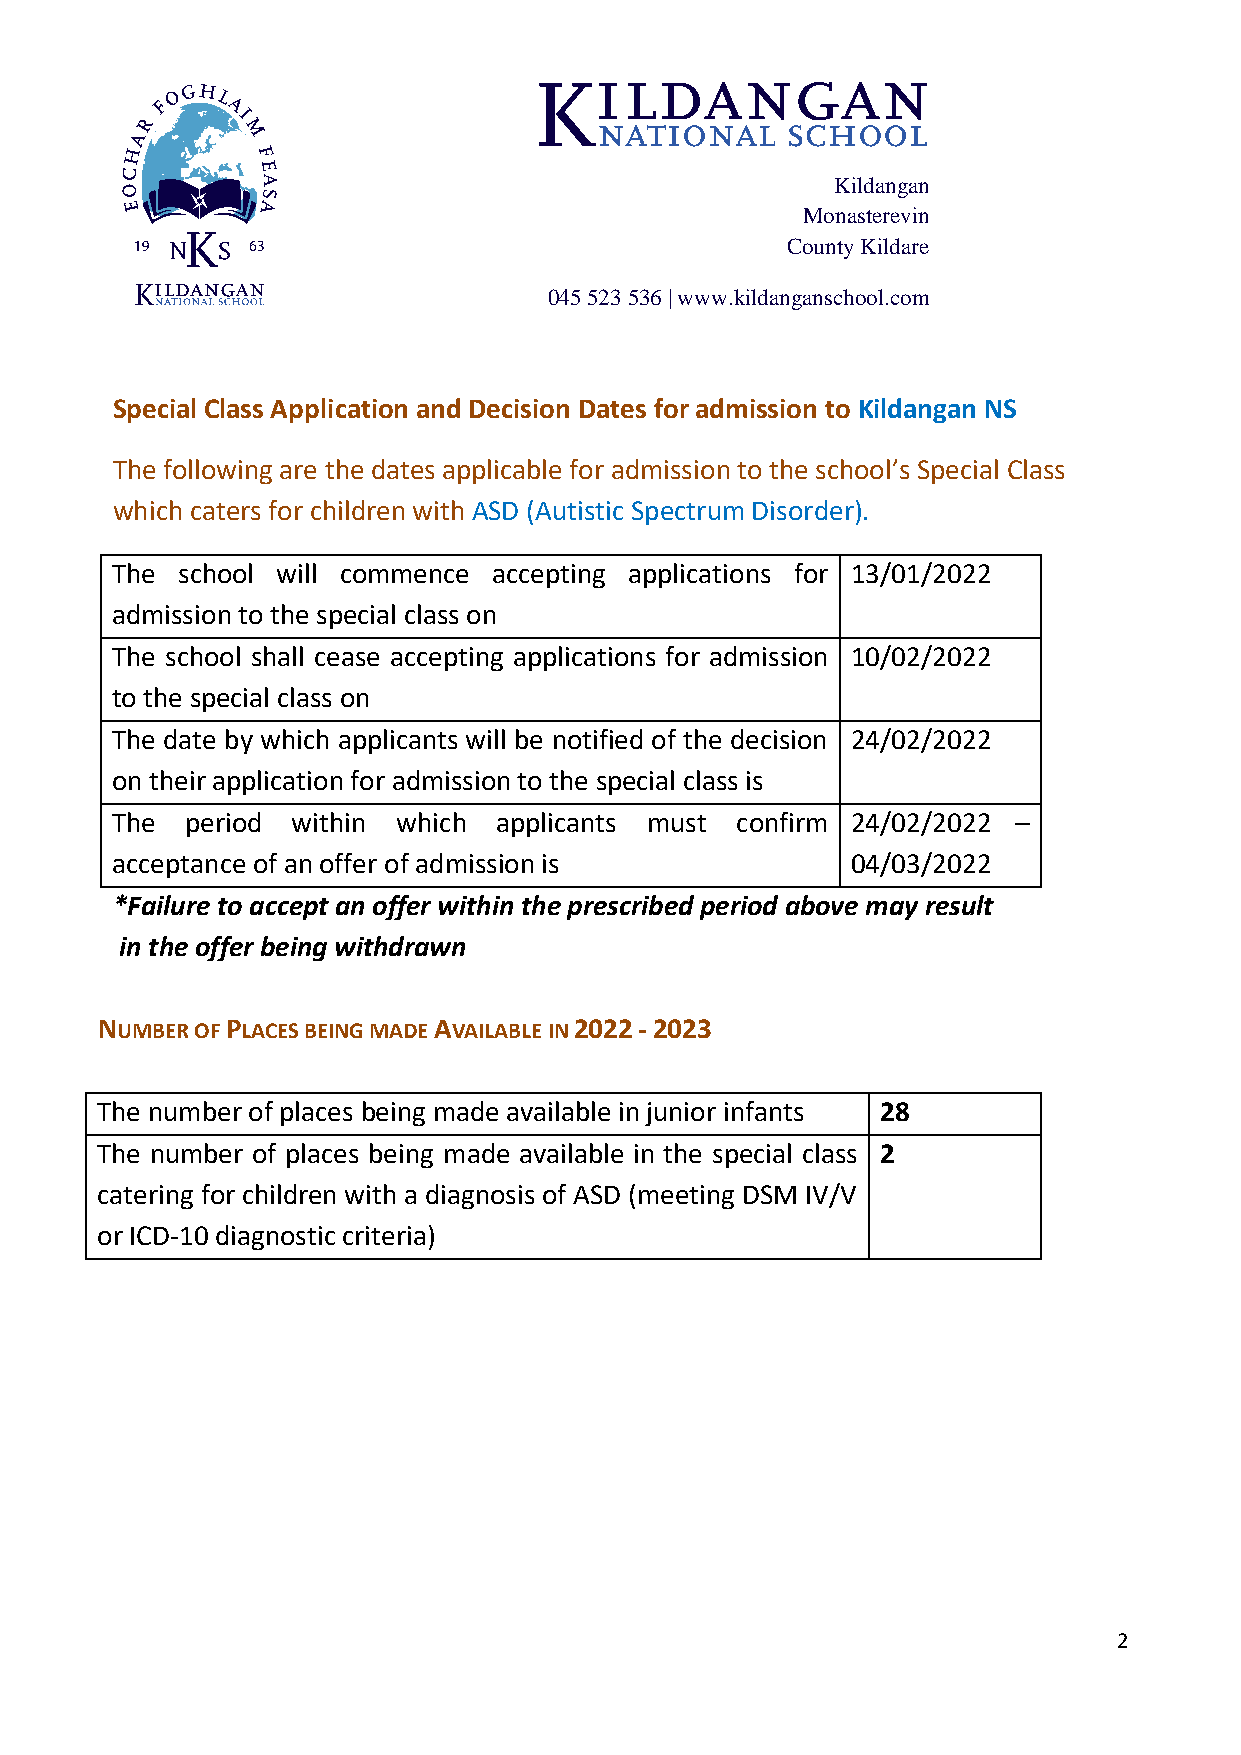
Kildangan
 Monasterevin
 County Kildare
 045 523 536 | www.kildanganschool.com
 Special Class Application and Decision Dates for admission to Kildangan NS
 The following are the dates applicable for admission to the school’s Special Class
 which caters for children with ASD (Autistic Spectrum Disorder).
 The  school will commence accepting applications for 13/01/2022
 admission to the special class on
 The school shall cease accepting applications for admission 10/02/2022
 to the special class on
 The date by which applicants will be notified of the decision 24/02/2022
 on their application for admission to the special class is
 The  period within which  applicants must confirm 24/02/2022 –
 acceptance of an offer of admission is           04/03/2022
 *Failure to accept an offer within the prescribed period above may result
 in the offer being withdrawn
 NUMBER OF PLACES BEING MADE AVAILABLE IN 2022 - 2023
 The number of places being made available in junior infants 28
 The number of places being made available in the special class 2
 catering for children with a diagnosis of ASD (meeting DSM IV/V
 or ICD-10 diagnostic criteria)
 2